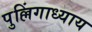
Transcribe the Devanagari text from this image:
पुल्लिंगाध्याय